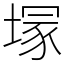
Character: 塜